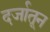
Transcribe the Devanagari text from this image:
दर्जातून